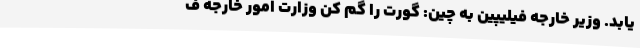
یابد. وزیر خارجه فیلیپین به چین: گورت را گم کن وزارت امور خارجه ف